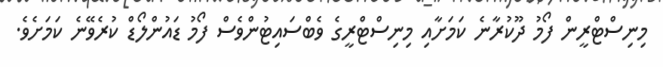
މިނިސްޓްރީން ފޯމު ދޫކުރާނެ ކަމަށާއި މިނިސްޓްރީގެ ވެބްސައިޓުންވެސް ފޯމު ޑައުންލޯޑް ކުރެވޭނެ ކަމަށެވެ.